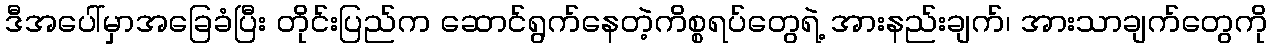
ဒီအပေါ်မှာအခြေခံပြီး တိုင်းပြည်က ဆောင်ရွက်နေတဲ့ကိစ္စရပ်တွေရဲ့ အားနည်းချက်၊ အားသာချက်တွေကို